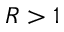
R > 1